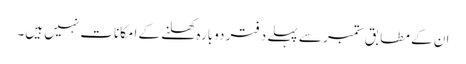
ان کے مطابق ستمبر سے پہلے دفتر دوبارہ کھلنے کے امکانات نہیں ہیں۔